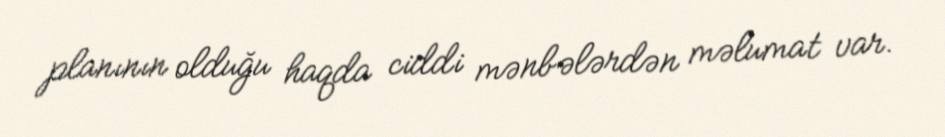
planının olduğu haqda ciddi mənbələrdən məlumat var.